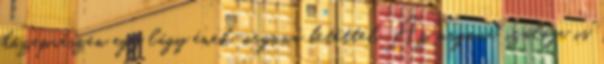
középrészen egy lágy ének-orgona betéttel. Az orgona szólója is